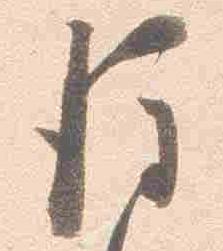
後